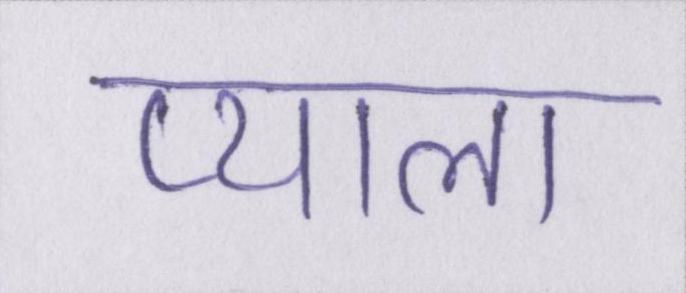
प्याला